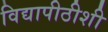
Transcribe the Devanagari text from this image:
विद्यापीठीशी